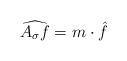
LaTeX: \begin{align*}\widehat{A_{\sigma} f} = m \cdot \hat{f}\end{align*}